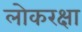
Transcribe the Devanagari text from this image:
लोकरक्षा